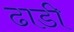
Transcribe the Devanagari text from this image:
ढाडी